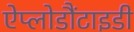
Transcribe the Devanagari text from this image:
ऐप्लोडौंटाइडी